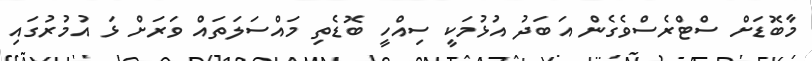
މާބޮޑަށް ސްޓްރެސްވެގެން އަބަދު އުޅުމަކީ ސިއްހީ ބޮޑެތި މައްސަލަތައް ވަރަށް ޅަ އުމުރުގައި